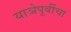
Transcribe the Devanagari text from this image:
याञेपूर्वीचा